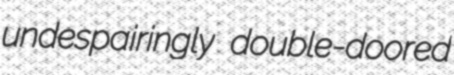
undespairingly double-doored